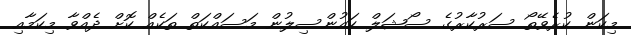
މިކަން ކުރެވޭތޯ ސަރުކާރުގެ ސޯޝަލް ކައުންސިލުން މަސައްކަތް ތަކެއް ކޮށް ދެއްވާ މިކަމާއި